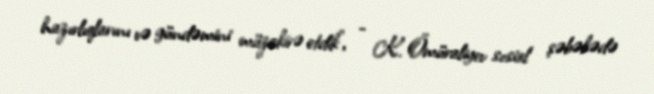
hazırlıqlarını və gündəmini müzakirə etdik”, - K. Ömüraliyev sosial şəbəkədə